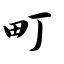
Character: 町